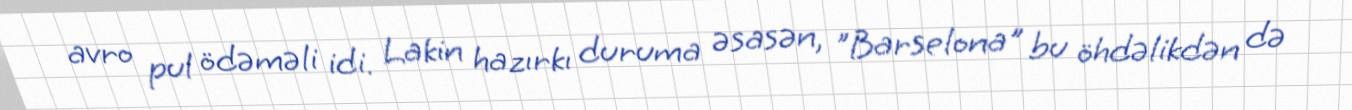
avro pul ödəməli idi. Lakin hazırkı duruma əsasən, "Barselona" bu öhdəlikdən də